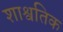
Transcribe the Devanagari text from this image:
शाश्वतिक